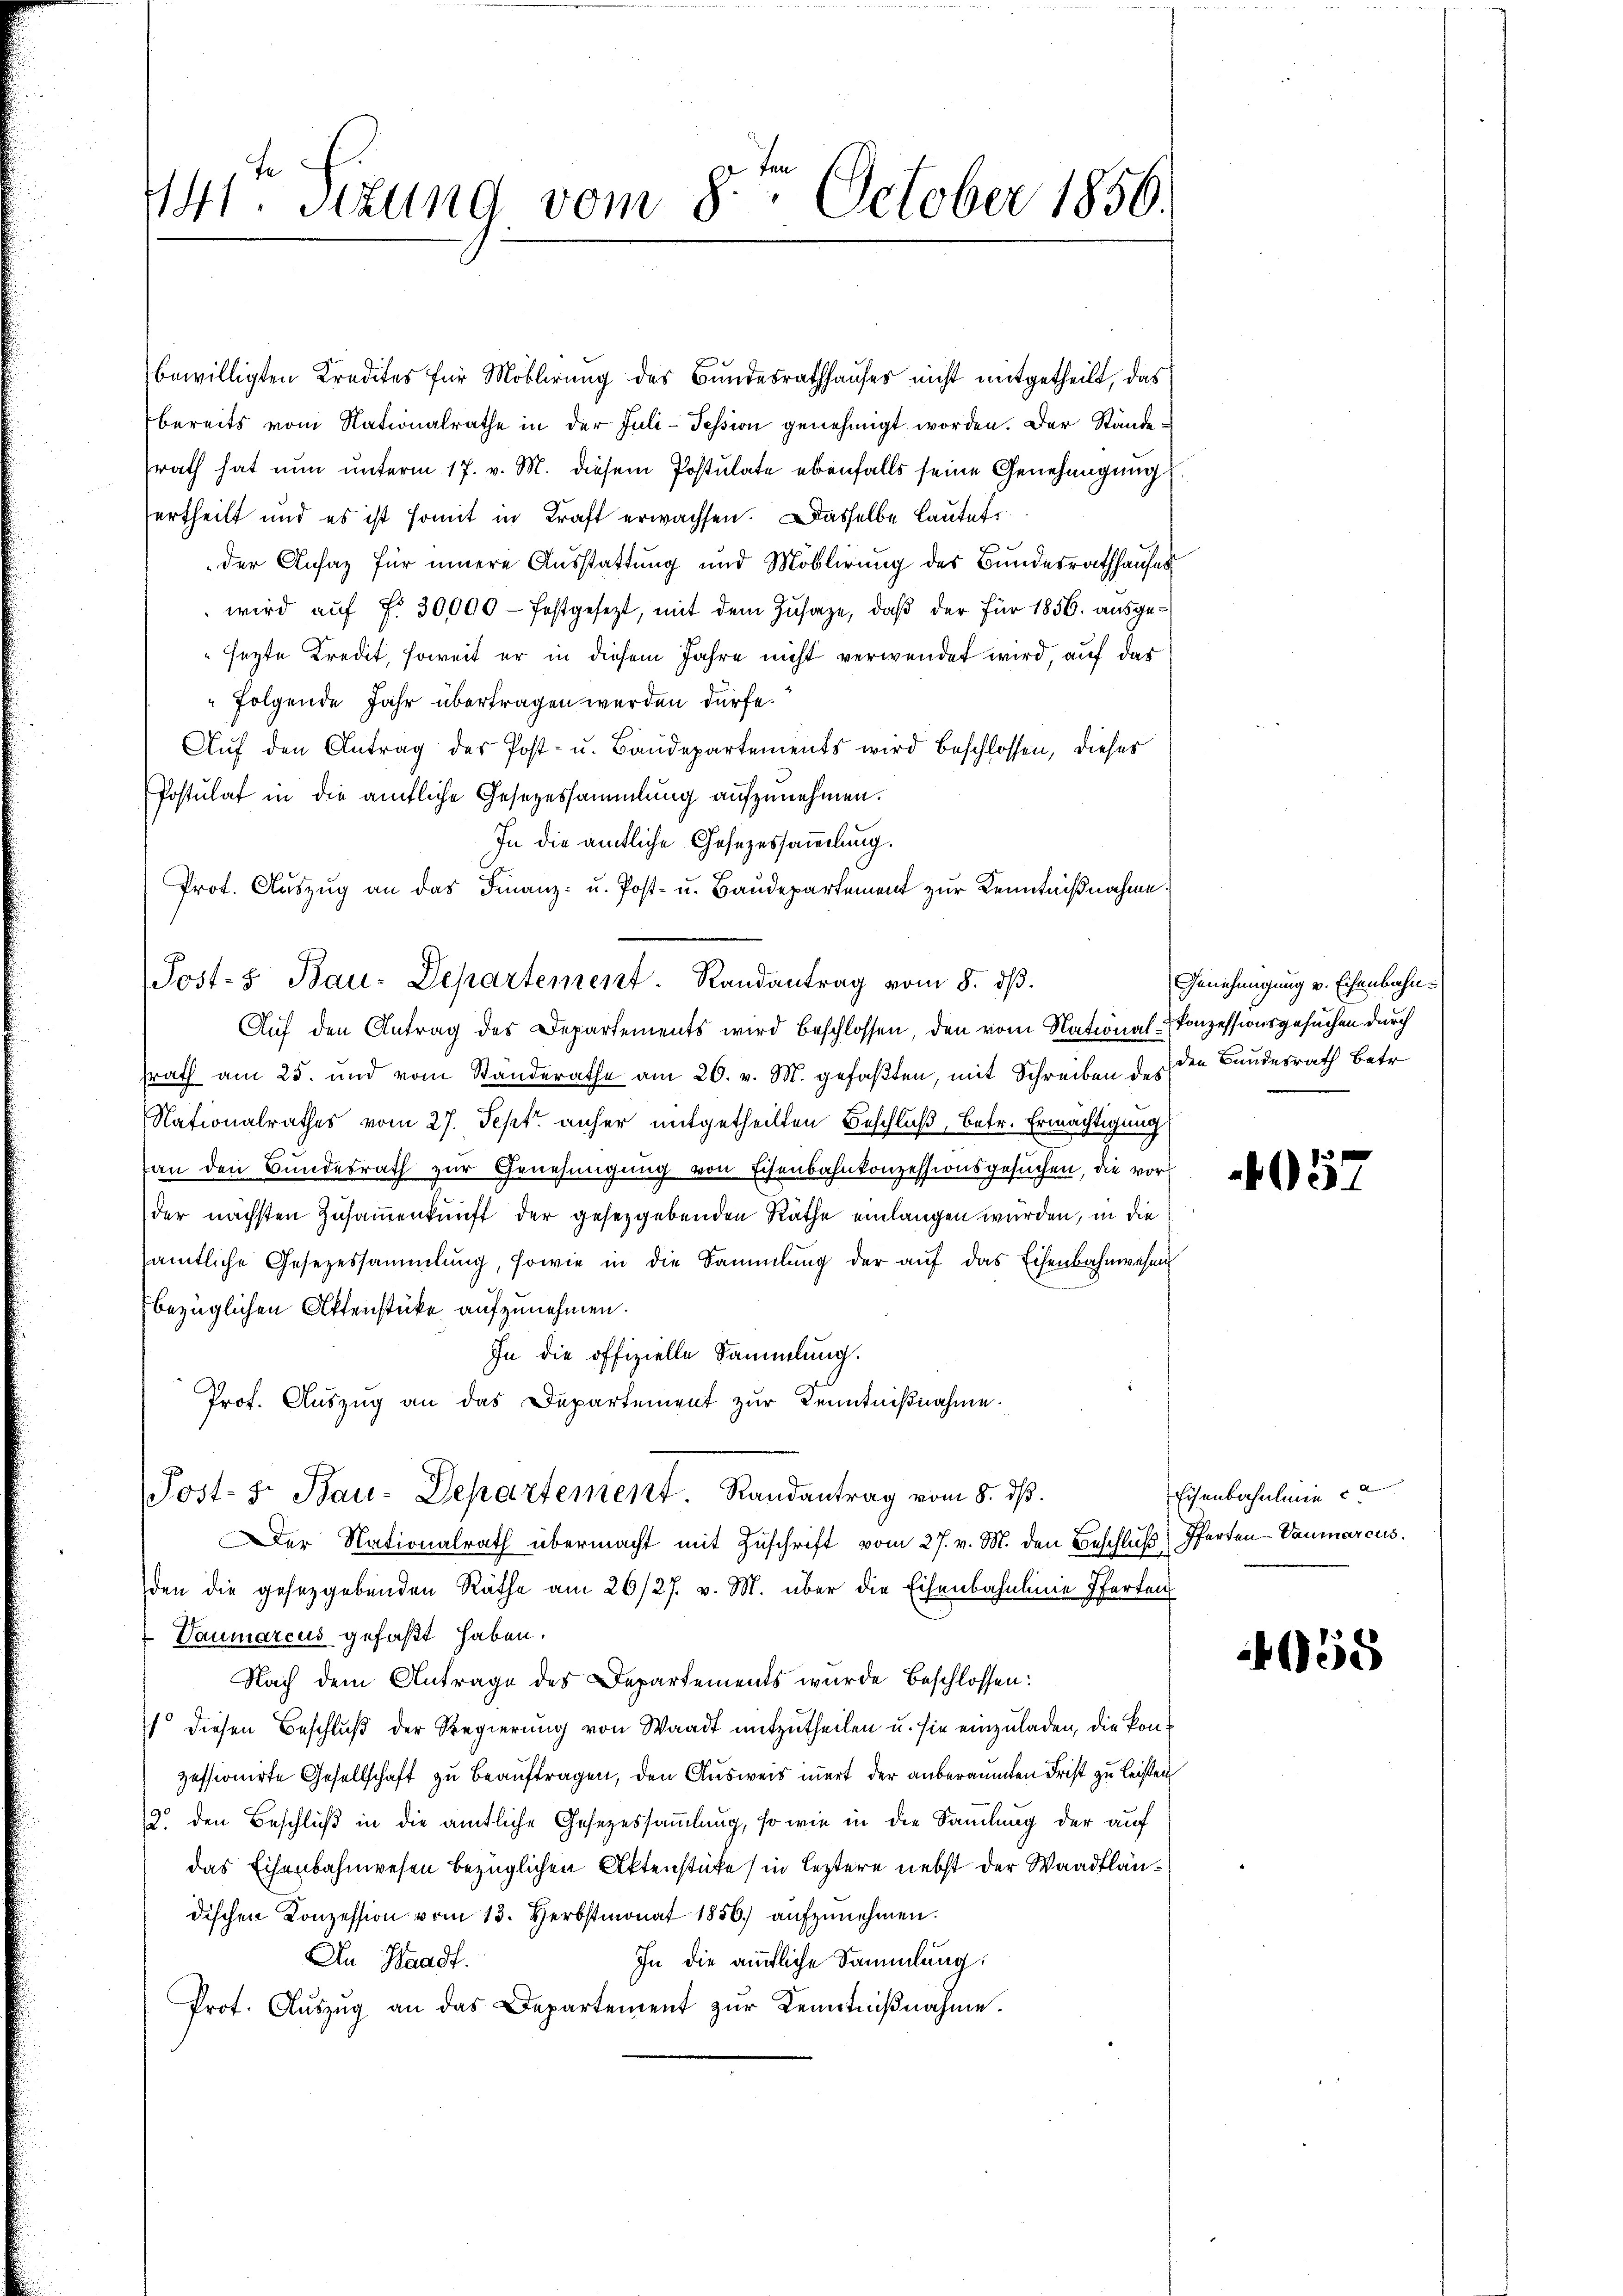
441. Sitzung vom 8. October 1856.

bewilligten Kredites für Moblirung des Bundesrathhauses nicht mitgetheilt, das
bereits vom Nationalrathe in der Juli-Tession genehmigt worden. Der Ständesrath hat nun unterm 17. v. M. diesem Postulate ebenfalls seine Genehmigung
ertheilt und es ist somit in Kraft erwachsen. Dasselbe lautet
der Ansaz für innere Ausstattung und Moblirung des Bundesrathhauses
wird aŭf Fr. 30000 - festgesetzt, mit dem Zusage, daß der für 1856. ausgesezte Kredit, soweit er in diesem Jahre nicht verwendet wird, auf das
folgende Jahr übertragen werden dürfe.
Auf den Antrag des Post- u. Baudepartements wird beschlossen, dieses
Postulat in die ämtliche Gesezessammlung aufzunehmen.
In die amtliche Gesezessammlung.
Prot. Auszug an das Finanz- u. Post- u. Baudepartement zur Kenntnißnahme
Auf den Antrag des Departements wird beschlossen, den vom National-Konzessionsgesuchen durch
srath am 25. und vom Standerathe am 26. v. M. gefaßten, mit Schreiben des den Bundesrath Betr
Nationalrathes vom 27. Sept anher mitgetheilten Beschluß, betr. Ermächtigung
an den Bundesrath zur Genehmigung von Eisenbahnkonzessionsgesuchen, die vorder nächsten Zusammenkunft der gesetzgebenden Räthe einlangen wurden, in die
sämtliche Gesezessammlung, sowie in die Sammlung der auf das Eisenbahnwesen
bezüglichen Aktenstücke aufzunehmen.
In die offizielle Sammlung.
Prof. Auszug an das Departement zur Kenntnißnahme.
Post- 5. Bau-Departement. Randantrag vom 8. ds.
er Nationalrath übermacht mit Zŭschrift vom 27. v. M. den Beschluß) Pferten-Vaumarcus.
den die gesetzgebenden Räthe am 26/27. v. M. über die Eisenbahnlinie Pferten
Vaumarcus gefaßt haben.
Nach dem Antrage des Departements wurde beschlossen:
t diesen Beschluß der Regierung von Waadt mitzutheilen u. sie einzuladen, die Konzessionirte Gesellschaft zu beauftragen, den Ausweis innert der anberaumten Frist zu leisten
2. den Beschluß in die ämtliche Gesezessammlung, so wie in die Sammlung der auf
das Eisenbahnwesen bezüglichen Aktenstüke (in leztere nebst der Waadtländischen Konzession vom 13. Herbstmonat 1856. aŭfzŭnehmen.
In die ämtliche Sammlung.
An Waadt.
Prot. Aŭszŭg an das Departement zŭr Kenntniβnahme.

Post- Bau-Departement. Randantrag vom 8. dβ.

Genehmigung v. Eisenbahn¬

057

Eisenbahnlinie

558